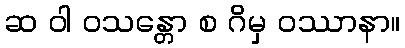
ဆ ဝါ ဝသန္တော စ ဂိမှ ဝဿာနာ။